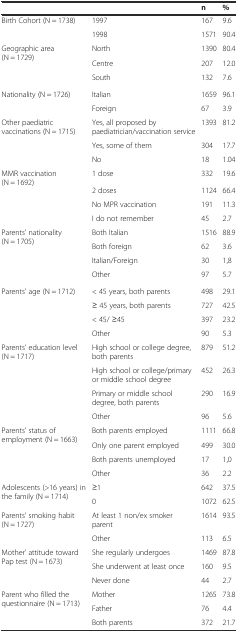
<table><thead><tr><td></td><td></td><td><b>n</b></td><td><b>%</b></td></tr></thead><tbody><tr><td>Birth Cohort (N = 1738)</td><td>1997</td><td>167</td><td>9.6</td></tr><tr><td></td><td>1998</td><td>1571</td><td>90.4</td></tr><tr><td>Geographic area (N = 1729)</td><td>North</td><td>1390</td><td>80.4</td></tr><tr><td></td><td>Centre</td><td>207</td><td>12.0</td></tr><tr><td></td><td>South</td><td>132</td><td>7.6</td></tr><tr><td>Nationality (N = 1726)</td><td>Italian</td><td>1659</td><td>96.1</td></tr><tr><td></td><td>Foreign</td><td>67</td><td>3.9</td></tr><tr><td rowspan="3">Other paediatric vaccinations(N = 1715)</td><td>Yes, all proposed by paediatrician/vaccination service</td><td>1393</td><td>81.2</td></tr><tr><td>Yes, some of them</td><td>304</td><td>17.7</td></tr><tr><td>No</td><td>18</td><td>1.04</td></tr><tr><td>MMR vaccination (N = 1692)</td><td>1 dose</td><td>332</td><td>19.6</td></tr><tr><td></td><td>2 doses</td><td>1124</td><td>66.4</td></tr><tr><td></td><td>No MPR vaccination</td><td>191</td><td>11.3</td></tr><tr><td></td><td>I do not remember</td><td>45</td><td>2.7</td></tr><tr><td>Parents&#x27; nationality (N = 1705)</td><td>Both Italian</td><td>1516</td><td>88.9</td></tr><tr><td></td><td>Both foreign</td><td>62</td><td>3.6</td></tr><tr><td></td><td>Italian/Foreign</td><td>30</td><td>1,8</td></tr><tr><td></td><td>Other</td><td>97</td><td>5.7</td></tr><tr><td>Parents&#x27; age (N = 1712)</td><td>&lt; 45 years, both parents</td><td>498</td><td>29.1</td></tr><tr><td></td><td>&lt; 45 years, both parents</td><td>727</td><td>42.5</td></tr><tr><td></td><td>&lt; 45/ ≥45</td><td>397</td><td>23.2</td></tr><tr><td></td><td>Other</td><td>90</td><td>5.3</td></tr><tr><td rowspan="4">Parents&#x27; education level(N = 1717)</td><td>High school or college degree, both parents</td><td>879</td><td>51.2</td></tr><tr><td>High school or college/primary or middle school degree</td><td>452</td><td>26.3</td></tr><tr><td>Primary or middle school degree, both parents</td><td>290</td><td>16.9</td></tr><tr><td>Other</td><td>96</td><td>5.6</td></tr><tr><td>Parents&#x27; status of employment (N = 1663)</td><td>Both parents employed</td><td>1111</td><td>66.8</td></tr><tr><td></td><td>Only one parent employed</td><td>499</td><td>30.0</td></tr><tr><td></td><td>Both parents unemployed</td><td>17</td><td>1,0</td></tr><tr><td></td><td>Other</td><td>36</td><td>2.2</td></tr><tr><td rowspan="2">Adolescents (&gt;16 years) in the family (N = 1714)</td><td>≥1</td><td>642</td><td>37.5</td></tr><tr><td>0</td><td>1072</td><td>62.5</td></tr><tr><td rowspan="2">Parents&#x27; smoking habit (N = 1727)</td><td>At least 1 non/ex smoker parent</td><td>1614</td><td>93.5</td></tr><tr><td>Other</td><td>113</td><td>6.5</td></tr><tr><td rowspan="2">Mother&#x27; attitude toward Pap test (N = 1673)</td><td>She regularly undergoes</td><td>1469</td><td>87.8</td></tr><tr><td>She underwent at least once</td><td>160</td><td>9.5</td></tr><tr><td></td><td>Never done</td><td>44</td><td>2.7</td></tr><tr><td rowspan="2">Parent who filled the questionnaire (N = 1713)</td><td>Mother</td><td>1265</td><td>73.8</td></tr><tr><td>Father</td><td>76</td><td>4.4</td></tr><tr><td></td><td>Both parents</td><td>372</td><td>21.7</td></tr></tbody></table>